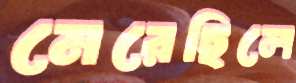
মেরেছিলে